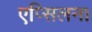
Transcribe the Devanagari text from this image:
एप्सिलन।